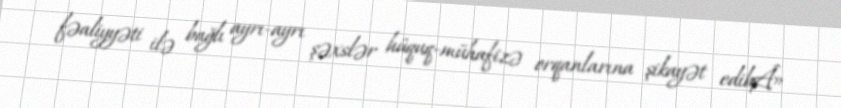
fəaliyyəti ilə bağlı ayrı-ayrı şəxslər hüquq-mühafizə orqanlarına şikayət edibÂ»